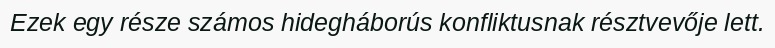
Ezek egy része számos hidegháborús konfliktusnak résztvevője lett.